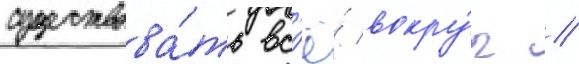
существова́ть вс'ё́ вокру́г //